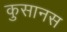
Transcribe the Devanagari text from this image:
कुसानस